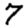
Digit: 7